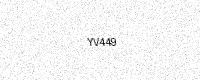
Text: YV449